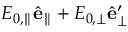
E _ { 0 , \parallel } \hat { \mathbf { e } } _ { \parallel } + E _ { 0 , \perp } \hat { \mathbf { e } } _ { \perp } ^ { \prime }